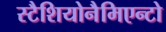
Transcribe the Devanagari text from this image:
स्टैशियोनैमिएन्टो